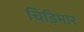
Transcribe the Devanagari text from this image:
चिड़िमार